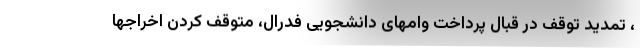
، تمدید توقف در قبال پرداخت وامهای دانشجویی فدرال، متوقف کردن اخراجها